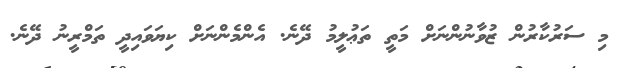
މި ސަރުކާރުން ޒުވާނުންނަށް މަތީ ތަޢުލީމު ދޭނެ. އެންމެންނަށް ކިޔަވައިދީ ތަމްރީނު ދޭނެ.